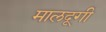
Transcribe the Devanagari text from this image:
मालदूगी